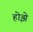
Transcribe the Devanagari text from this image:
होझे